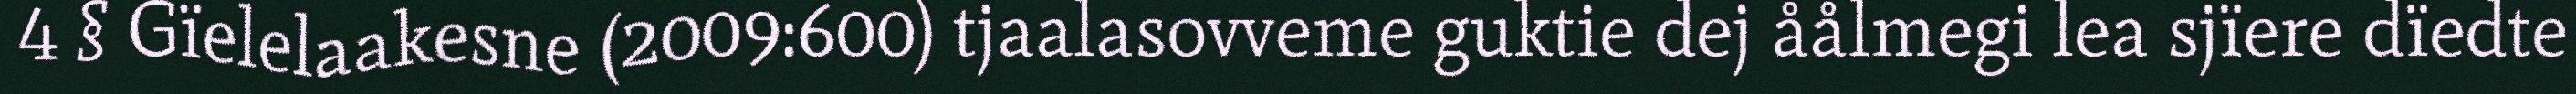
4 § Gïelelaakesne (2009:600) tjaalasovveme guktie dej åålmegi lea sjïere dïedte